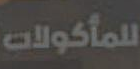
للمأكولات